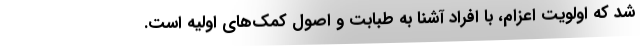
شد كه اولويت اعزام، با افراد آشنا به طبابت و اصول كمك‌هاي اوليه است.